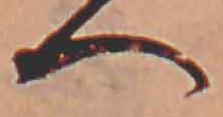
へ